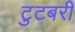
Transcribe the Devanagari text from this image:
टुटबरी